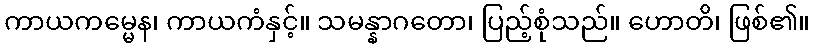
ကာယကမ္မေန၊ ကာယကံနှင့်။ သမန္နာဂတော၊ ပြည့်စုံသည်။ ဟောတိ၊ ဖြစ်၏။